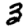
Digit: 3